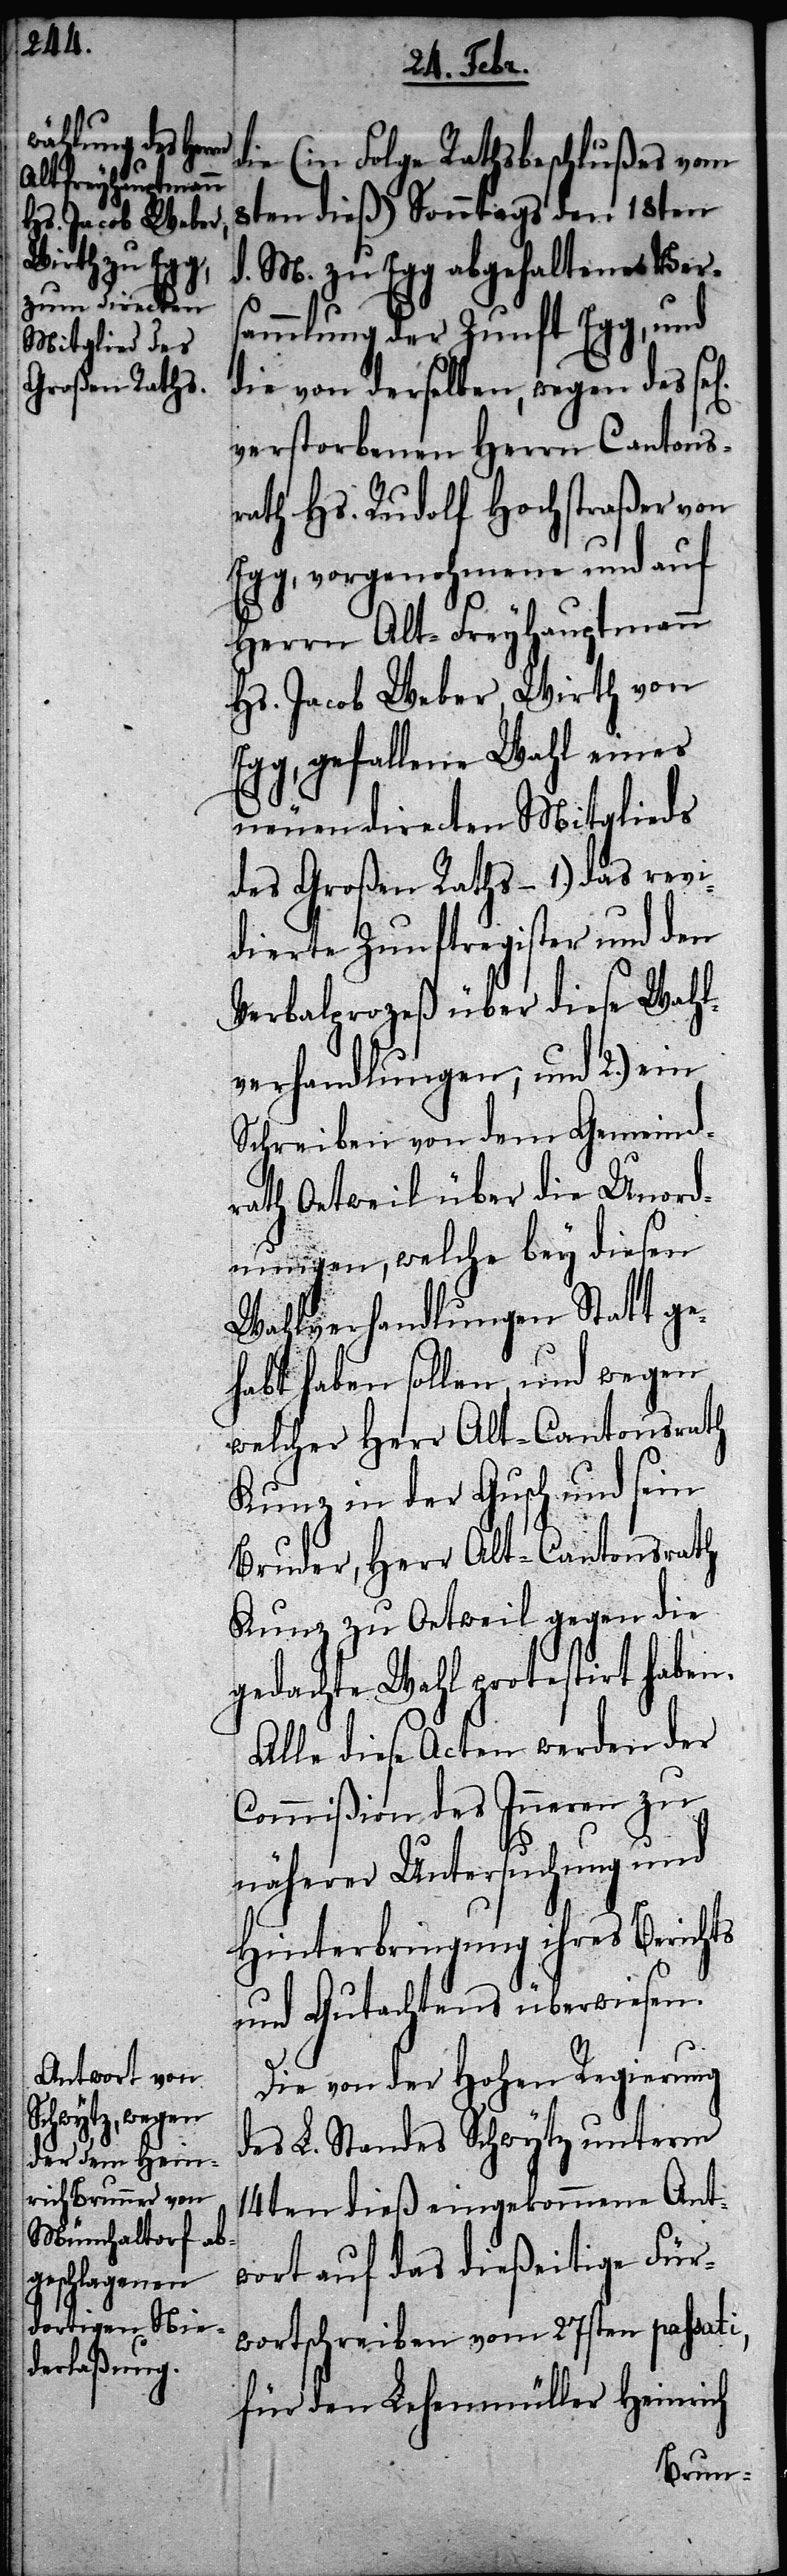
die (in Folge Rathsbeschlußes vom
8ten dieß) Sonntags den 18ten
d. M. zu Egg abgehaltene Vers¬
ammlung der Zunft Egg, und
die von derselben, wegen des
verstorbenen Herrn Cantons¬
rath Hs. Rudolf Hochstraßer von
Egg, vorgenohmene und auf
Herrn Alt-Freyhauptmann
Hs. Jacob Weber, Wirth von
Egg, gefallene Wahl eines
neuen directen Mitglieds
des Großen Raths – 1.) das revi¬
dierte Zunftregister und den
Verbalprozeß über diese Wahl¬
verhandlungen; und 2.) ein
Schreiben von dem Gemeind¬
rath Oetweil über die Unord¬
nungen, welche bey diesen
Wahlverhandlungen Statt ge¬
habt haben sollen, und wegen
welcher Herr Alt-Cantonsrath
Kunz in der Gusch und sein
Bruder, Herr Alt-Cantonsrath
Kunz zu Oetweil gegen die
gedachte Wahl protestiert haben.
Alle diese Acten werden der
Commißion des Inneren zu
näherer Untersuchung und
Hinterbringung ihres Berichts
und Gutachtens überwiesen.
Die von der Hohen Regierung
des L. Standes Schwytz unterm
14ten dieß eingekommene Ant¬
wort auf das dießeitige Für¬
wortschreiben vom 27sten passati,
für den Lehenmüller Heinrich